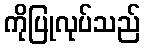
ကိုပြုလုပ်သည်